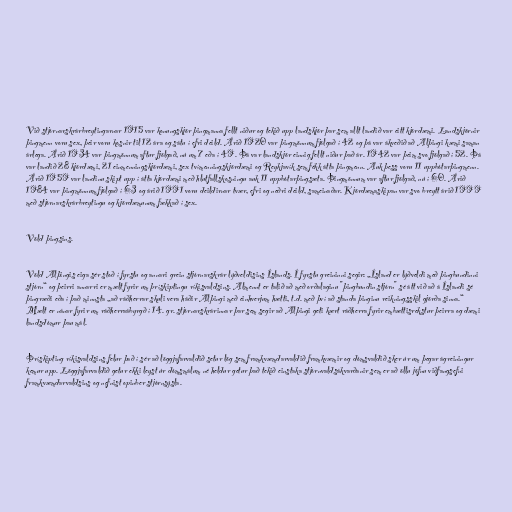
Við stjórnarskrárbreytingarnar 1915 var konungskjör þingmanna fellt niður og tekið upp landskjör þar sem allt landið var eitt kjördæmi. Landskjörnir
þingmenn voru sex, þeir voru kosnir til 12 ára og sátu í efri deild. Árið 1920 var þingmönnum fjölgað í 42 og þá var ákveðið að Alþingi kæmi saman
árlega. Árið 1934 var þingmönnum aftur fjölgað, nú um 7 eða í 49. Þá var landskjör einnig fellt niður það ár. 1942 var þeim svo fjölgað í 52. Þá
var landið 28 kjördæmi, 21 einmenningskjördæmi, sex tvímenningskjördæmi og Reykjavík sem fékk átta þingmenn. Auk þess voru 11 uppbótarþingmenn.
Árið 1959 var landinu skipt upp í átta kjördæmi með hlutfallskosningu auk 11 uppbótarþingsæta. Þingmönnum var aftur fjölgað, nú í 60. Árið
1984 var þingmönnum fjölgað í 63 og árið 1991 voru deildirnar tvær, efri og neðri deild, sameinaðar. Kjördæmaskipan var svo breytt árið 1999
með stjórnarskrárbreytingu og kjördæmunum fækkað í sex.

Völd þingsins.

Völd Alþingis eiga sér stoð í fyrstu og annari grein stjórnarskrár lýðveldisins Íslands. Í fyrstu greininni segir: „Ísland er lýðveldi með þingbundinni
stjórn“ og þeirri annarri er mælt fyrir um þrískiptingu ríkisvaldsins. Almennt er talið að með orðalaginu "þingbundin stjórn" sé átt við að á Íslandi sé
þingræði eða í það minnsta „að ráðherrar skuli vera háðir Alþingi með ein­hverjum hætti, t.d. með því að standa þinginu reikningsskil gjörða sinna.“
Mælt er nánar fyrir um ráðherraábyrgð í 14. gr. stjórnarskrárinnar þar sem segir að Alþingi geti kært ráðherra fyrir embættisrekstur þeirra og dæmi
landsdómur þau mál.

Þrískipting ríkisvaldsins felur það í sér að löggjafarvaldið setur lög sem framkvæmdarvaldið framkvæmir og dómsvaldið sker úr um þegar ágreiningur
kemur upp. Löggjafarvaldið getur ekki leyst úr dómsmálum né heldur getur það tekið einstaka stjórnvaldsákvarðanir sem er að öllu jöfnu viðfangsefni
framkvæmdarvaldsins og nefnist opinber stjórnsýsla.